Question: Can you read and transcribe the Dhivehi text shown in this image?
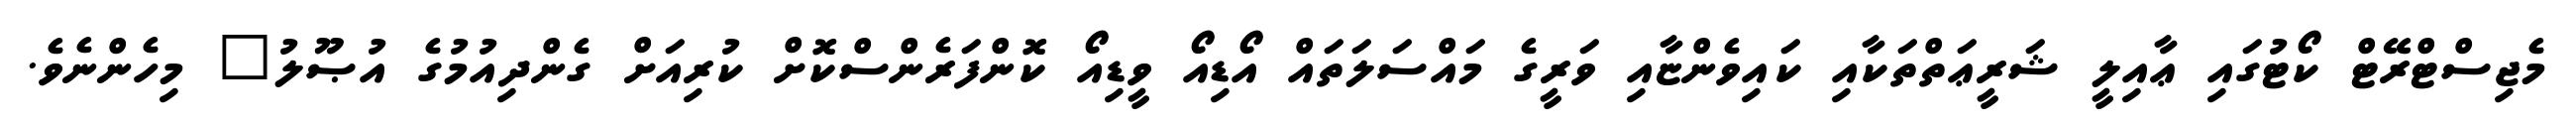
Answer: މެޖިސްޓްރޭޓް ކޯޓުގައި ޢާއިލީ ޝަރީޢަތްތަކާއި ކައިވެންޏާއި ވަރީގެ މައްސަލަތައް އޯޑިއޯ ވީޑިއޯ ކޮންފަރެންސްކޮށް ކުރިއަށް ގެންދިއުމުގެ އުޞޫލު" މިހެންނެވެ.